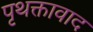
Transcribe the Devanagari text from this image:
पृथक्तावाद